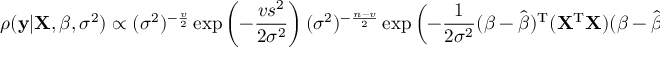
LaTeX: \rho ( \mathbf { y } | \mathbf { X } , { \boldsymbol { \beta } } , \sigma ^ { 2 } ) \propto ( \sigma ^ { 2 } ) ^ { - { \frac { v } { 2 } } } \exp \left( - { \frac { v s ^ { 2 } } { 2 { \sigma } ^ { 2 } } } \right) ( \sigma ^ { 2 } ) ^ { - { \frac { n - v } { 2 } } } \exp \left( - { \frac { 1 } { 2 { \sigma } ^ { 2 } } } ( { \boldsymbol { \beta } } - { \hat { \boldsymbol { \beta } } } ) ^ { \mathrm { { T } } } ( \mathbf { X } ^ { \mathrm { { T } } } \mathbf { X } ) ( { \boldsymbol { \beta } } - { \hat { \boldsymbol { \beta } } } ) \right) ,